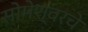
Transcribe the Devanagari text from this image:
सोमेश्वरचे